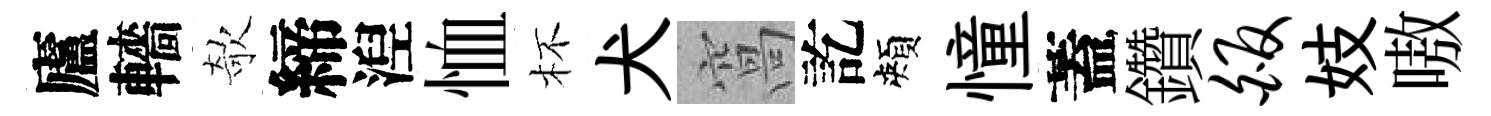
廬轖欹締湼恤杯犬窩訖頰憧蓋鑽皈妓嗷